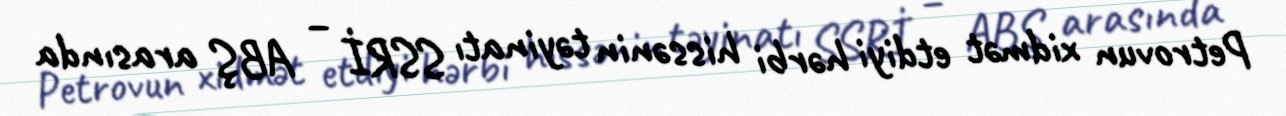
Petrovun xidmət etdiyi hərbi hissənin təyinatı SSRİ – ABŞ arasında